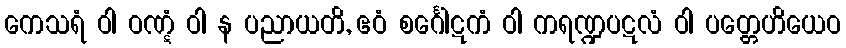
ကေသရံ ဝါ ဝဏ္ဋံ ဝါ န ပညာယတိ, ဧဝံ စင်္ဂေါဋကံ ဝါ ကရဏ္ဍပဋလံ ဝါ ပတ္တေဟိယေဝ